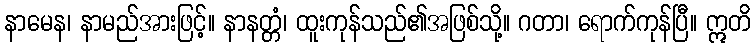
နာမေန၊ နာမည်အားဖြင့်။ နာနတ္တံ၊ ထူးကုန်သည်၏အဖြစ်သို့။ ဂတာ၊ ရောက်ကုန်ပြီ။ ဣတိ